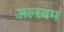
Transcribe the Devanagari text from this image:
अल्स्यम